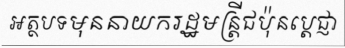
អត្ថបទមុននាយករដ្ឋមន្ត្រីជប៉ុនប្តេជ្ញា